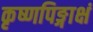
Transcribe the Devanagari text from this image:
कृष्णपिङ्गाक्षं